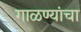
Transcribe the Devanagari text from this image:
गाळण्यांचा